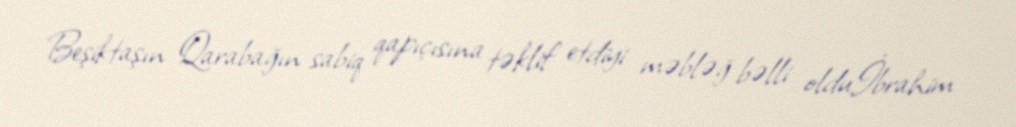
Beşiktaşın Qarabağın sabiq qapıçısına təklif etdiyi məbləğ bəlli olduİbrahim